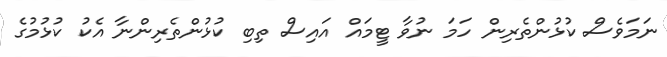
ނަމަވެސް ކުޅުންތެރިން ހަމަ ނުވާ ޓީމައް އައިސް ތިބި ކުޅުންތެރިންނާ އެކު ކުޅުމުގެ